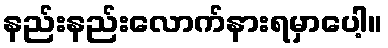
နည်းနည်းလောက်နားရမှာပေါ့။